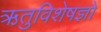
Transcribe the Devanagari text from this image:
ऋतुविशेषज्ञों